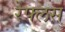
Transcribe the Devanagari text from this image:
रेफ्लस